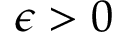
\epsilon > 0